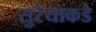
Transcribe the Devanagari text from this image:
सुरैयाकडे